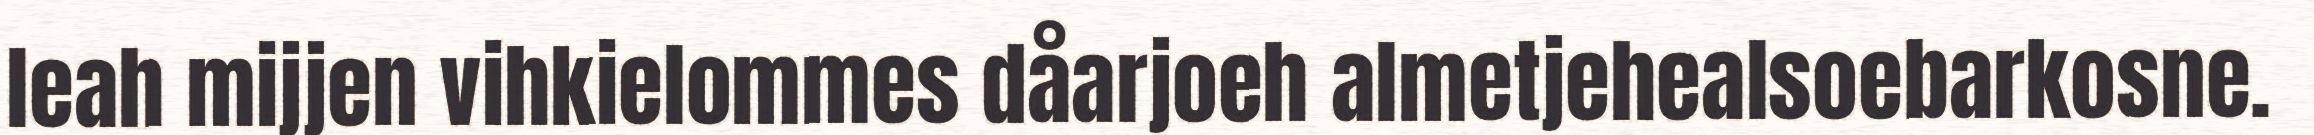
leah mijjen vihkielommes dåarjoeh almetjehealsoebarkosne.